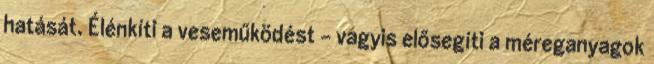
hatását. Élénkíti a veseműködést - vagyis elősegíti a méreganyagok